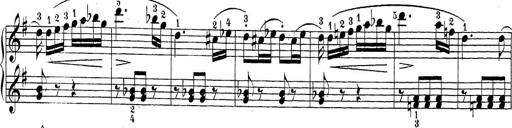
Title: Sonatina Album
Composer: Louis KÃ¶hler